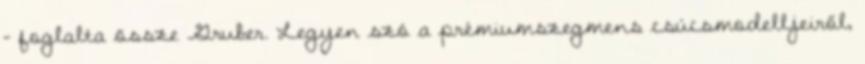
- foglalta össze Gruber. Legyen szó a prémiumszegmens csúcsmodelljeiről,